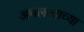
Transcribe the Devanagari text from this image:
अचलत्वाच्या